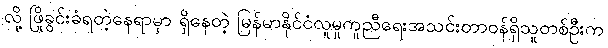
လို့ ဖြိုခွင်းခံရတဲ့နေရာမှာ ရှိနေတဲ့ မြန်မာနိုင်ငံလူမှုကူညီရေးအသင်းတာဝန်ရှိသူတစ်ဦးက